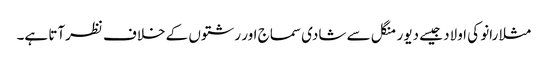
مثلا رانو کی اولاد جیسے دیور منگل سے شادی سماج اور رشتوں کے خلاف نظرآتا ہے۔